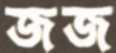
জজ